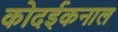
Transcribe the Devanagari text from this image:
कोदईकनाल